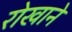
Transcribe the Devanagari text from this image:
रोखाने